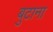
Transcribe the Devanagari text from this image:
बुटाना